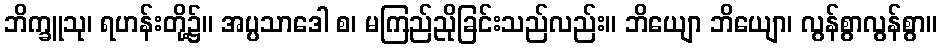
ဘိက္ခူသု၊ ရဟန်းတို့၌။ အပ္ပသာဒေါ စ၊ မကြည်ညိုခြင်းသည်လည်း။ ဘိယျော ဘိယျော၊ လွန်စွာလွန်စွာ။